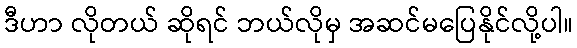
ဒီဟာ လိုတယ် ဆိုရင် ဘယ်လိုမှ အဆင်မပြေနိုင်လို့ပါ။